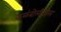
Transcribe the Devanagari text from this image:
कळंबोलीतील